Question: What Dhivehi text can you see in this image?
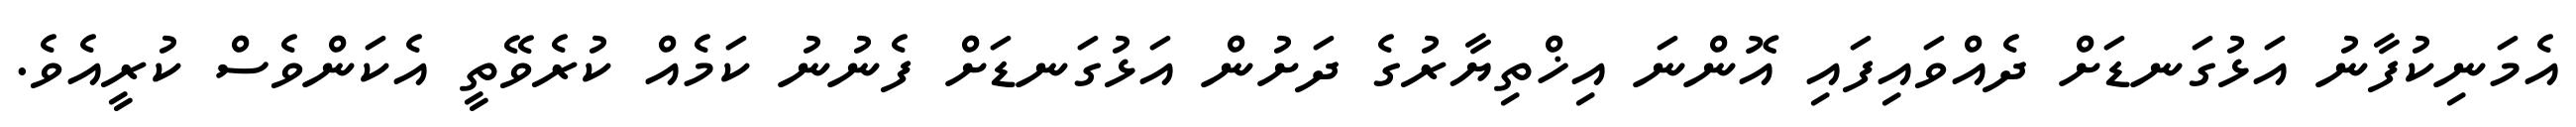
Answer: އެމަނިކުފާނު އަޅުގަނޑަށް ދެއްވައިފައި އޮންނަ އިޚްތިޔާރުގެ ދަށުން އަޅުގަނޑަށް ފެނުނު ކަމެއް ކުރެވޭތީ އެކަންވެސް ކުރީއެވެ.